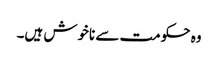
وہ حکومت سے ناخوش ہیں۔